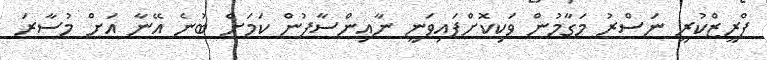
ފްރީޒްކުރީ ނަސްރު މަގާމުން ވަކިކޮށްފައިވަނީ ނާއިންސާފުން ކަމަށް ބުނެ އޭނާ އަށް މުސާރަ